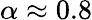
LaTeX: \alpha\approx 0.8